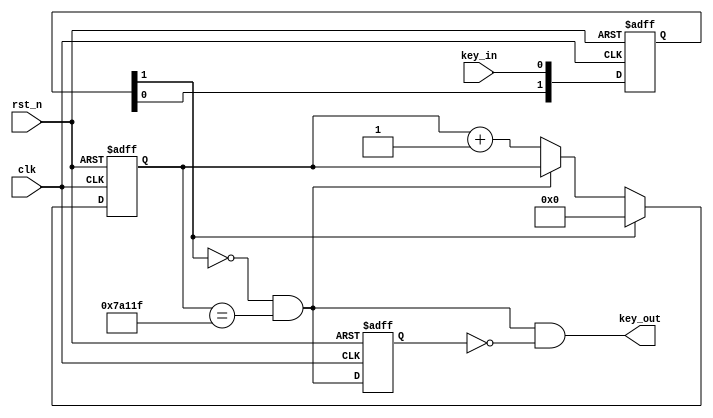
module  debounce(
        input                   clk                     ,
        input                   rst_n                   ,
        //key
        input                   key_in                  ,
        output  wire            key_out 
);

parameter   TIME_20MS   =       500_000                         ; 
reg     [ 1: 0]                 key_r                           ;
reg     [18: 0]                 cnt                             ;
wire                            add_cnt                         ;
wire                            end_cnt                         ;
wire                            flag_20ms                       ;
reg                             flag_20ms_r                     ; 

//key_r
always  @(posedge clk or negedge rst_n)begin
    if(rst_n==1'b0)begin
        key_r   <=      'd0;
    end
    else begin
        key_r   <=      {key_r[0],key_in};
    end
end

//cnt
always @(posedge clk or negedge rst_n)begin
    if(!rst_n)begin
        cnt <= 0;
    end
    else if(add_cnt)begin
        if(end_cnt)
            cnt <= cnt;//
        else
            cnt <= cnt + 1'b1;
    end
    else
        cnt <= 0;
end

assign add_cnt      =       key_r[1] == 0;       
assign end_cnt      =       add_cnt && cnt== TIME_20MS-1;   
assign flag_20ms    =       end_cnt;

//flag_20ms_r
always  @(posedge clk or negedge rst_n)begin
    if(rst_n==1'b0)begin
        flag_20ms_r     <=      0;
    end
    else begin
        flag_20ms_r     <=      flag_20ms;
    end
end

//
assign key_out  =   flag_20ms & (!flag_20ms_r);




endmodule